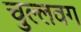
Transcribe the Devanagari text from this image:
चुल्लवग